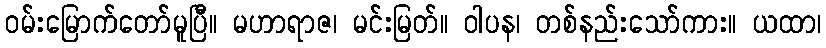
ဝမ်းမြောက်တော်မူပြီ။ မဟာရာဇ၊ မင်းမြတ်။ ဝါပန၊ တစ်နည်းသော်ကား။ ယထာ၊